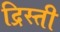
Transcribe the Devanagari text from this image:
द्रिस्ती